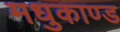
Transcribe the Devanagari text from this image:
मधुकाण्ड